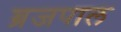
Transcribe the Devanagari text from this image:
ब्रजपाल